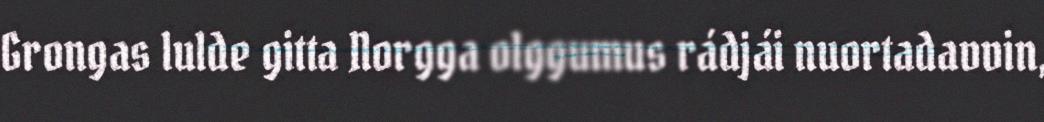
Grongas lulde gitta Norgga olggumus rádjái nuortadavvin,